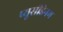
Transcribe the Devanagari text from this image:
प्यूसीडेनम